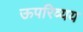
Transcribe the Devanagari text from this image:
ऊपरिव्यय